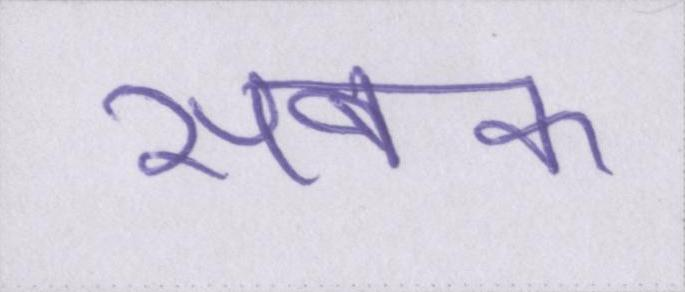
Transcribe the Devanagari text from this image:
सबक